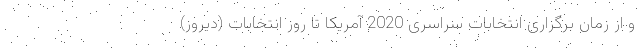
و از زمان برگزاری انتخابات سراسری 2020 آمریکا تا روز انتخابات (دیروز)